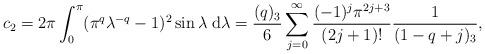
LaTeX: \begin{align*}c_2 = 2\pi \int_0^\pi (\pi^q \lambda^{-q} -1)^2 \sin \lambda {\;\rm d}\lambda = \frac{(q)_3}{6} \sum_{j=0}^\infty \frac{(-1)^j \pi^{2j+3}}{(2j+1)!} \frac{1}{(1-q+j)_3}, \end{align*}